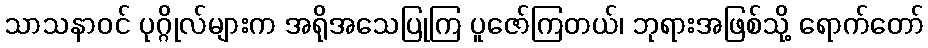
သာသနာဝင် ပုဂ္ဂိုလ်များက အရိုအသေပြုကြ ပူဇော်ကြတယ်၊ ဘုရားအဖြစ်သို့ ရောက်တော်